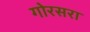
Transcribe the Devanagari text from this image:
गोरसरा